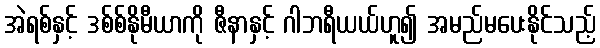
အဲရစ်နှင့် ဒစ်စ်နိုမီယာကို ဇီနာနှင့် ဂါဘရီယယ်ဟူ၍ အမည်မပေးနိုင်သည့်